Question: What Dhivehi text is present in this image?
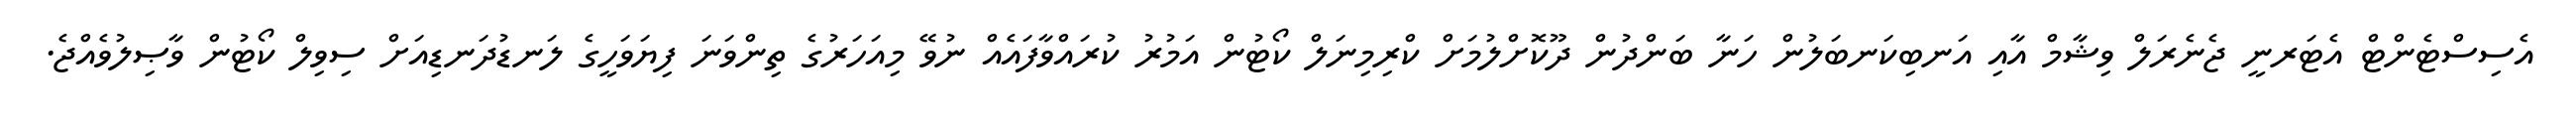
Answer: އެސިސްޓެންޓް އެޓަރނީ ޖެނެރަލް ވިޝާމް އާއި އަނބިކަނބަލުން ހަނާ ބަންދުން ދޫކޮށްލުމަށް ކްރިމިނަލް ކޯޓުން އަމުރު ކުރައްވާފައެއް ނުވޭ މިއަހަރުގެ ތިންވަނަ ފިޔަވަހީގެ ލަނޑުދަނޑިއަށް ސިވިލް ކޯޓުން ވާޞިލުވެއްޖެ.